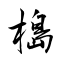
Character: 槝